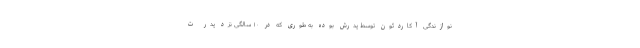
نوازندگی آکاردئون توسط پدرش بوده به طوری که در ۱۰ سالگی نزد پدر ت